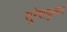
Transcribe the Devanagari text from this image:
सुरेशकुमार